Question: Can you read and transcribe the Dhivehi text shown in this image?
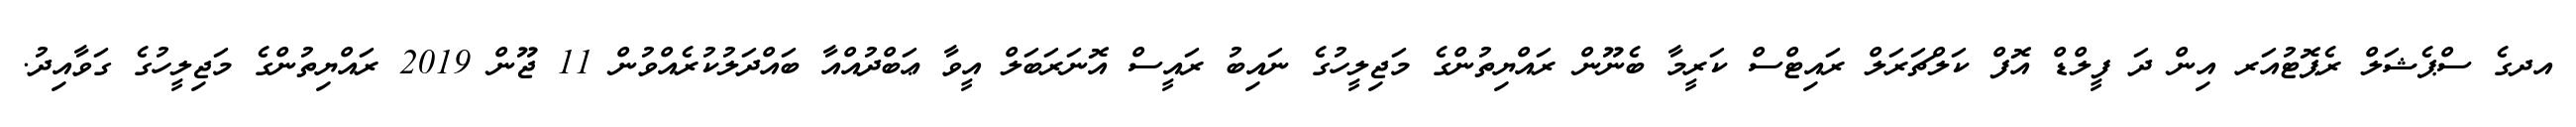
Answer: އދގެ ސްޕެޝަލް ރެޕޮޓުއަރ އިން ދަ ފީލްޑް އޮފް ކަލްޗަރަލް ރައިޓްސް ކަރީމާ ބެނޫން ރައްޔިތުންގެ މަޖިލީހުގެ ނައިބު ރައީސް އޮނަރަބަލް އީވާ ޢަބްދުއްއާ ބައްދަލުކުރެއްވުން 11 ޖޫން 2019 ރައްޔިތުންގެ މަޖިލީހުގެ ގަވާއިދު.